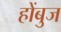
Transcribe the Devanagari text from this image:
होंबुज